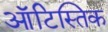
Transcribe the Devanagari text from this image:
ऑटिस्तिक